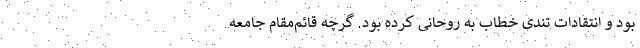
بود و انتقادات تندی خطاب به روحانی کرده بود. گرچه قائم‌مقام جامعه